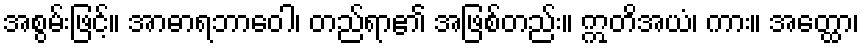
အစွမ်းဖြင့်။ အာဓာရဘာဝေါ၊ တည်ရာ၏ အဖြစ်တည်း။ ဣတိအယံ၊ ကား။ အတ္ထော၊